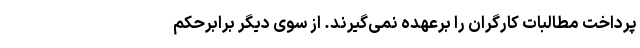
پرداخت مطالبات کارگران را برعهده نمی‌گیرند. از سوی دیگر برابرحکم